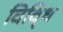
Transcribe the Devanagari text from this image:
विवि्ध